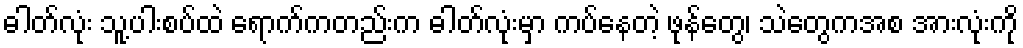
ဓါတ်လုံး သူ့ပါးစပ်ထဲ ရောက်ကတည်းက ဓါတ်လုံးမှာ ကပ်နေတဲ့ ဖုန်တွေ၊ သဲတွေကအစ အားလုံးကို